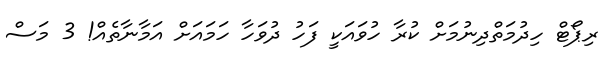
ރިޕޯޓް ހިދުމަތްދިނުމަށް ކުރާ ހުވައަކީ ފަހު ދުވަހާ ހަމައަށް އަމާނާތެއް! 3 މަސް